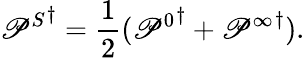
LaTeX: {\mathscr{P}^{S}}^{\dagger}=\frac{{1}}{{2}}({\mathscr{P}^{0}}^{\dagger}+{\mathscr{P}^{\infty}}^{\dagger}).